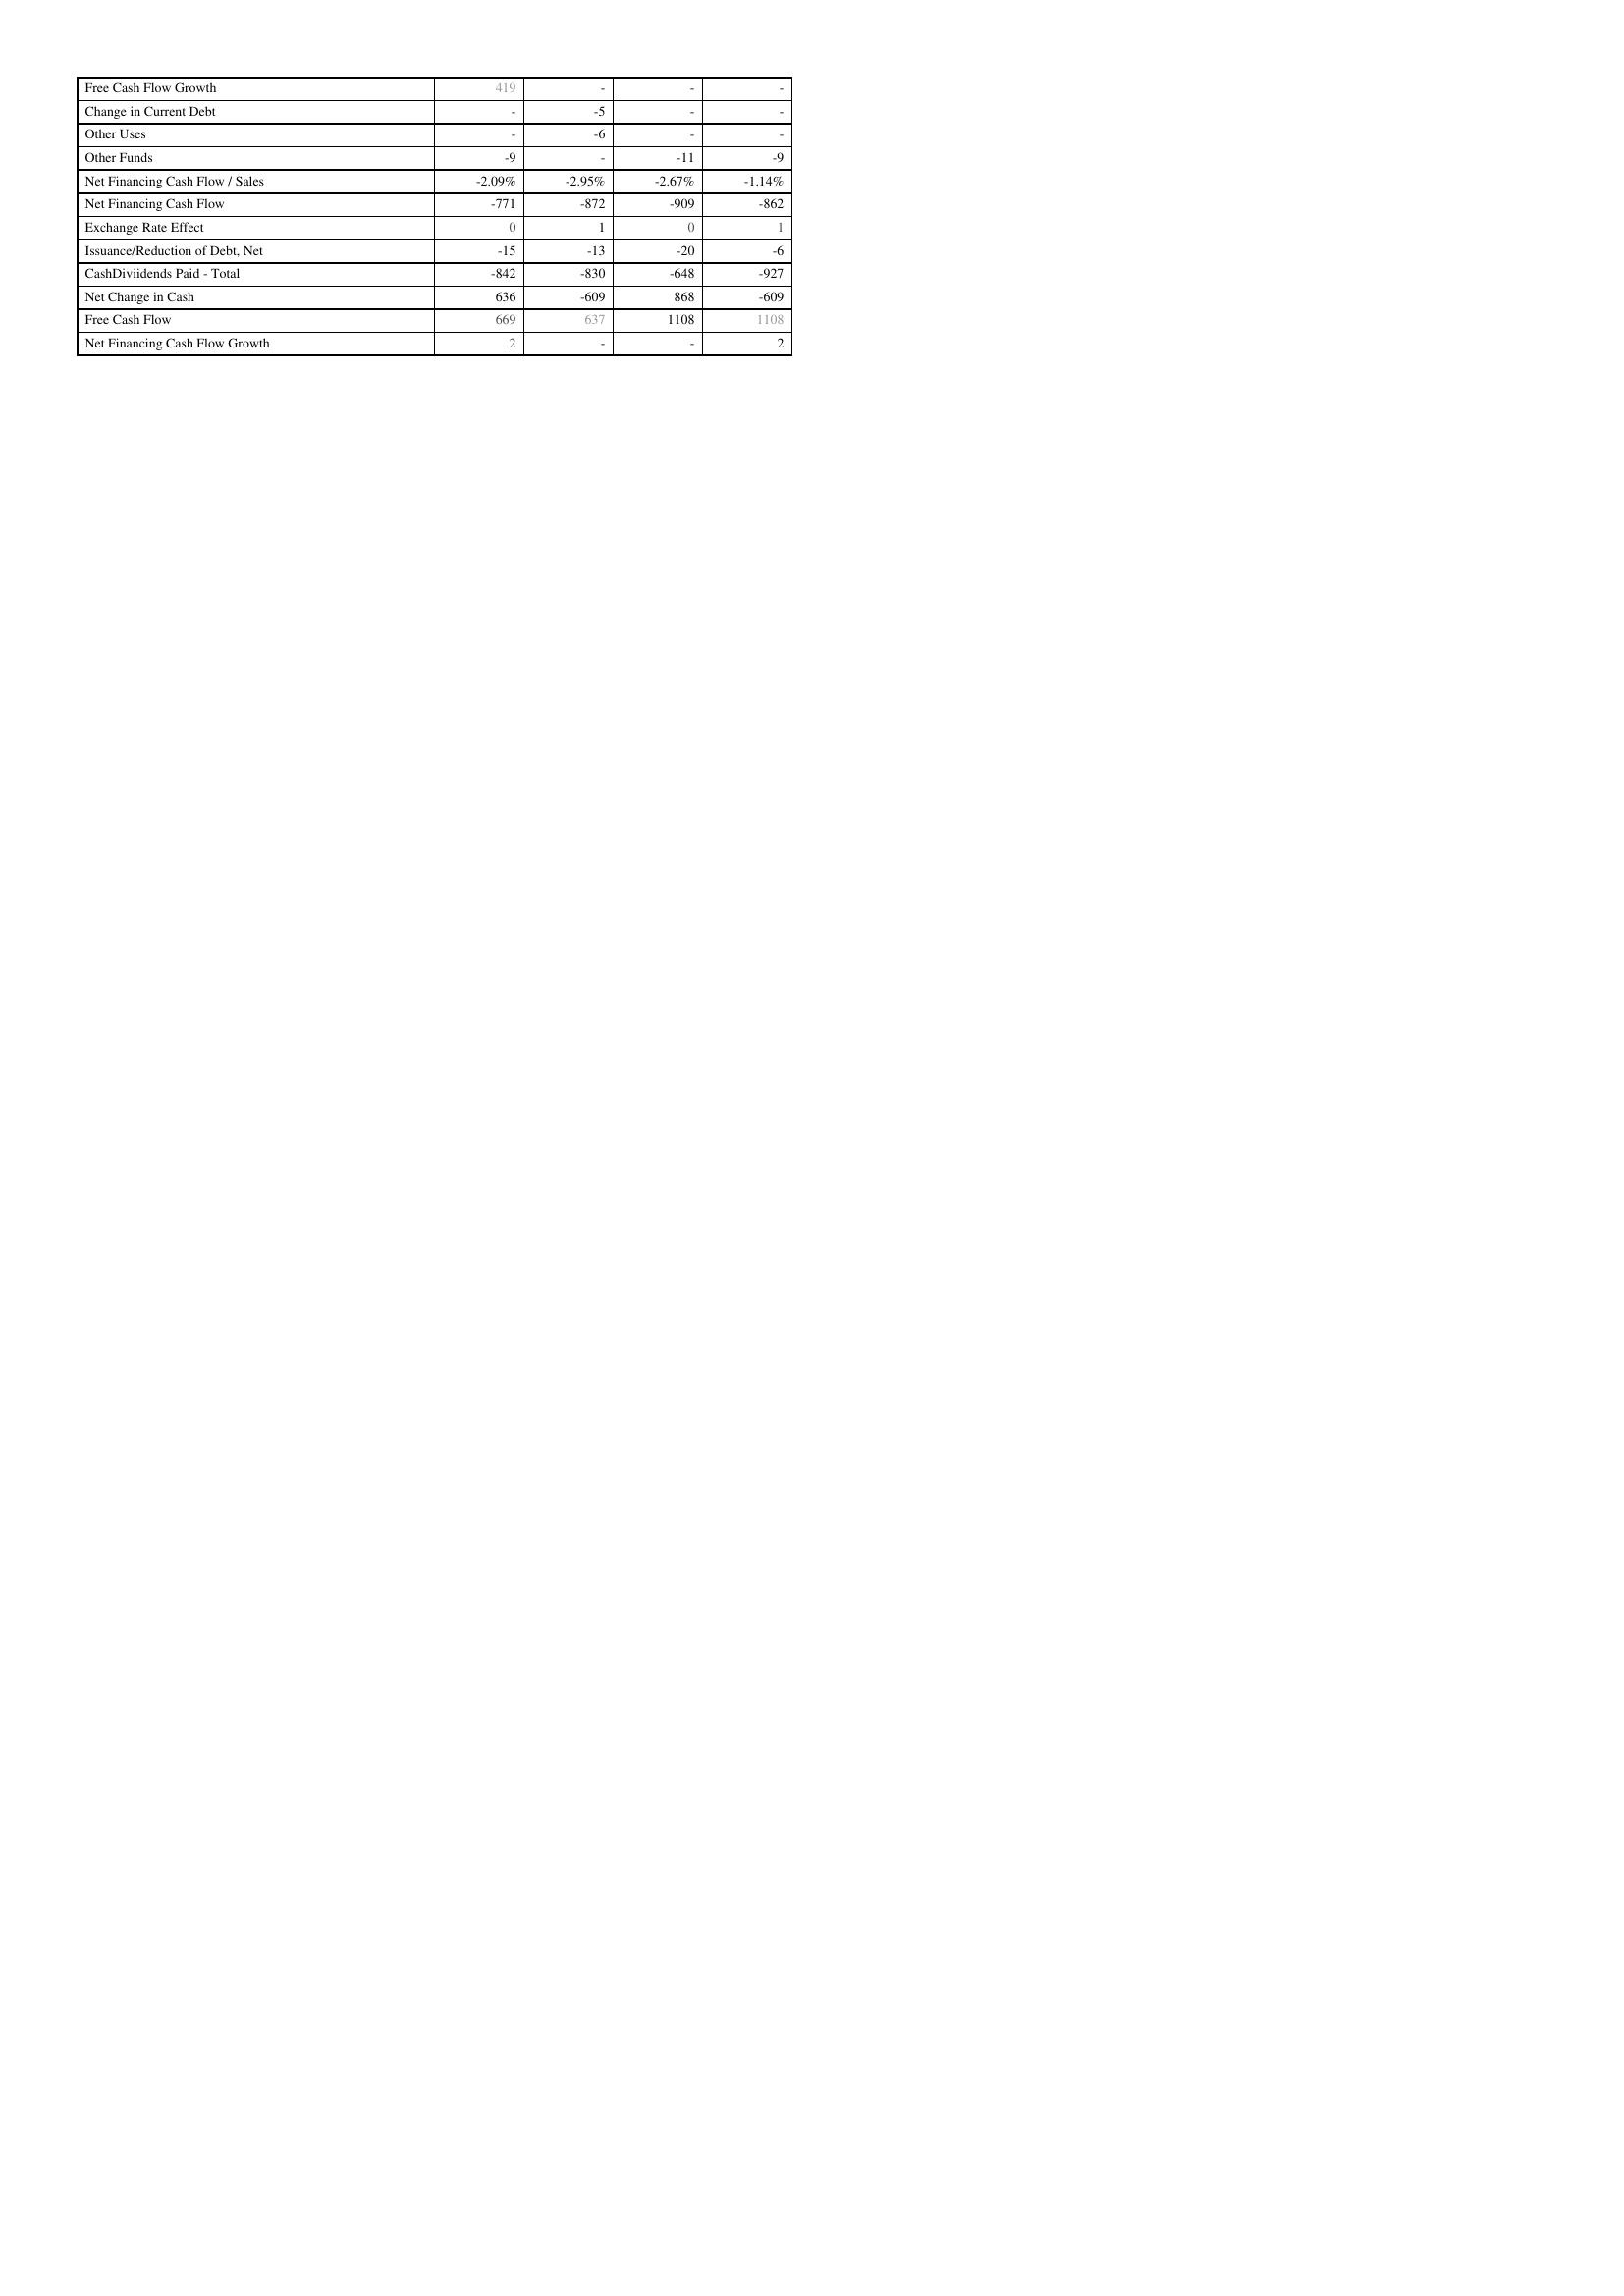
2021: Financing Activities: Free Cash Flow Growth: 419
Change in Current Debt: -
Other Uses: -
Other Funds: -9
Net Financing Cash Flow / Sales: -2.09%
Net Financing Cash Flow: -771
Exchange Rate Effect: 0
Issuance/Reduction of Debt, Net: -15
CashDiviidends Paid - Total: -842
Net Change in Cash: 636
Free Cash Flow: 669
Net Financing Cash Flow Growth: 2
2022: Financing Activities: Free Cash Flow Growth: -
Change in Current Debt: -5
Other Uses: -6
Other Funds: -
Net Financing Cash Flow / Sales: -2.95%
Net Financing Cash Flow: -872
Exchange Rate Effect: 1
Issuance/Reduction of Debt, Net: -13
CashDiviidends Paid - Total: -830
Net Change in Cash: -609
Free Cash Flow: 637
Net Financing Cash Flow Growth: -
2023: Financing Activities: Free Cash Flow Growth: -
Change in Current Debt: -
Other Uses: -
Other Funds: -11
Net Financing Cash Flow / Sales: -2.67%
Net Financing Cash Flow: -909
Exchange Rate Effect: 0
Issuance/Reduction of Debt, Net: -20
CashDiviidends Paid - Total: -648
Net Change in Cash: 868
Free Cash Flow: 1108
Net Financing Cash Flow Growth: -
2024: Financing Activities: Free Cash Flow Growth: -
Change in Current Debt: -
Other Uses: -
Other Funds: -9
Net Financing Cash Flow / Sales: -1.14%
Net Financing Cash Flow: -862
Exchange Rate Effect: 1
Issuance/Reduction of Debt, Net: -6
CashDiviidends Paid - Total: -927
Net Change in Cash: -609
Free Cash Flow: 1108
Net Financing Cash Flow Growth: 2